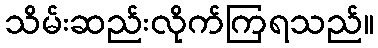
သိမ်းဆည်းလိုက်ကြရသည်။